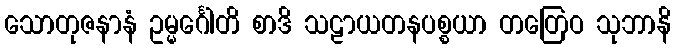
သောတုဇနာနံ ဥမ္မင်္ဂေါတိ စာဒိ သဠာယတနပစ္စယာ တတြေဝ သုဘာနိ